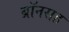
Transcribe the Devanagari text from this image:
ब्रॉनसह